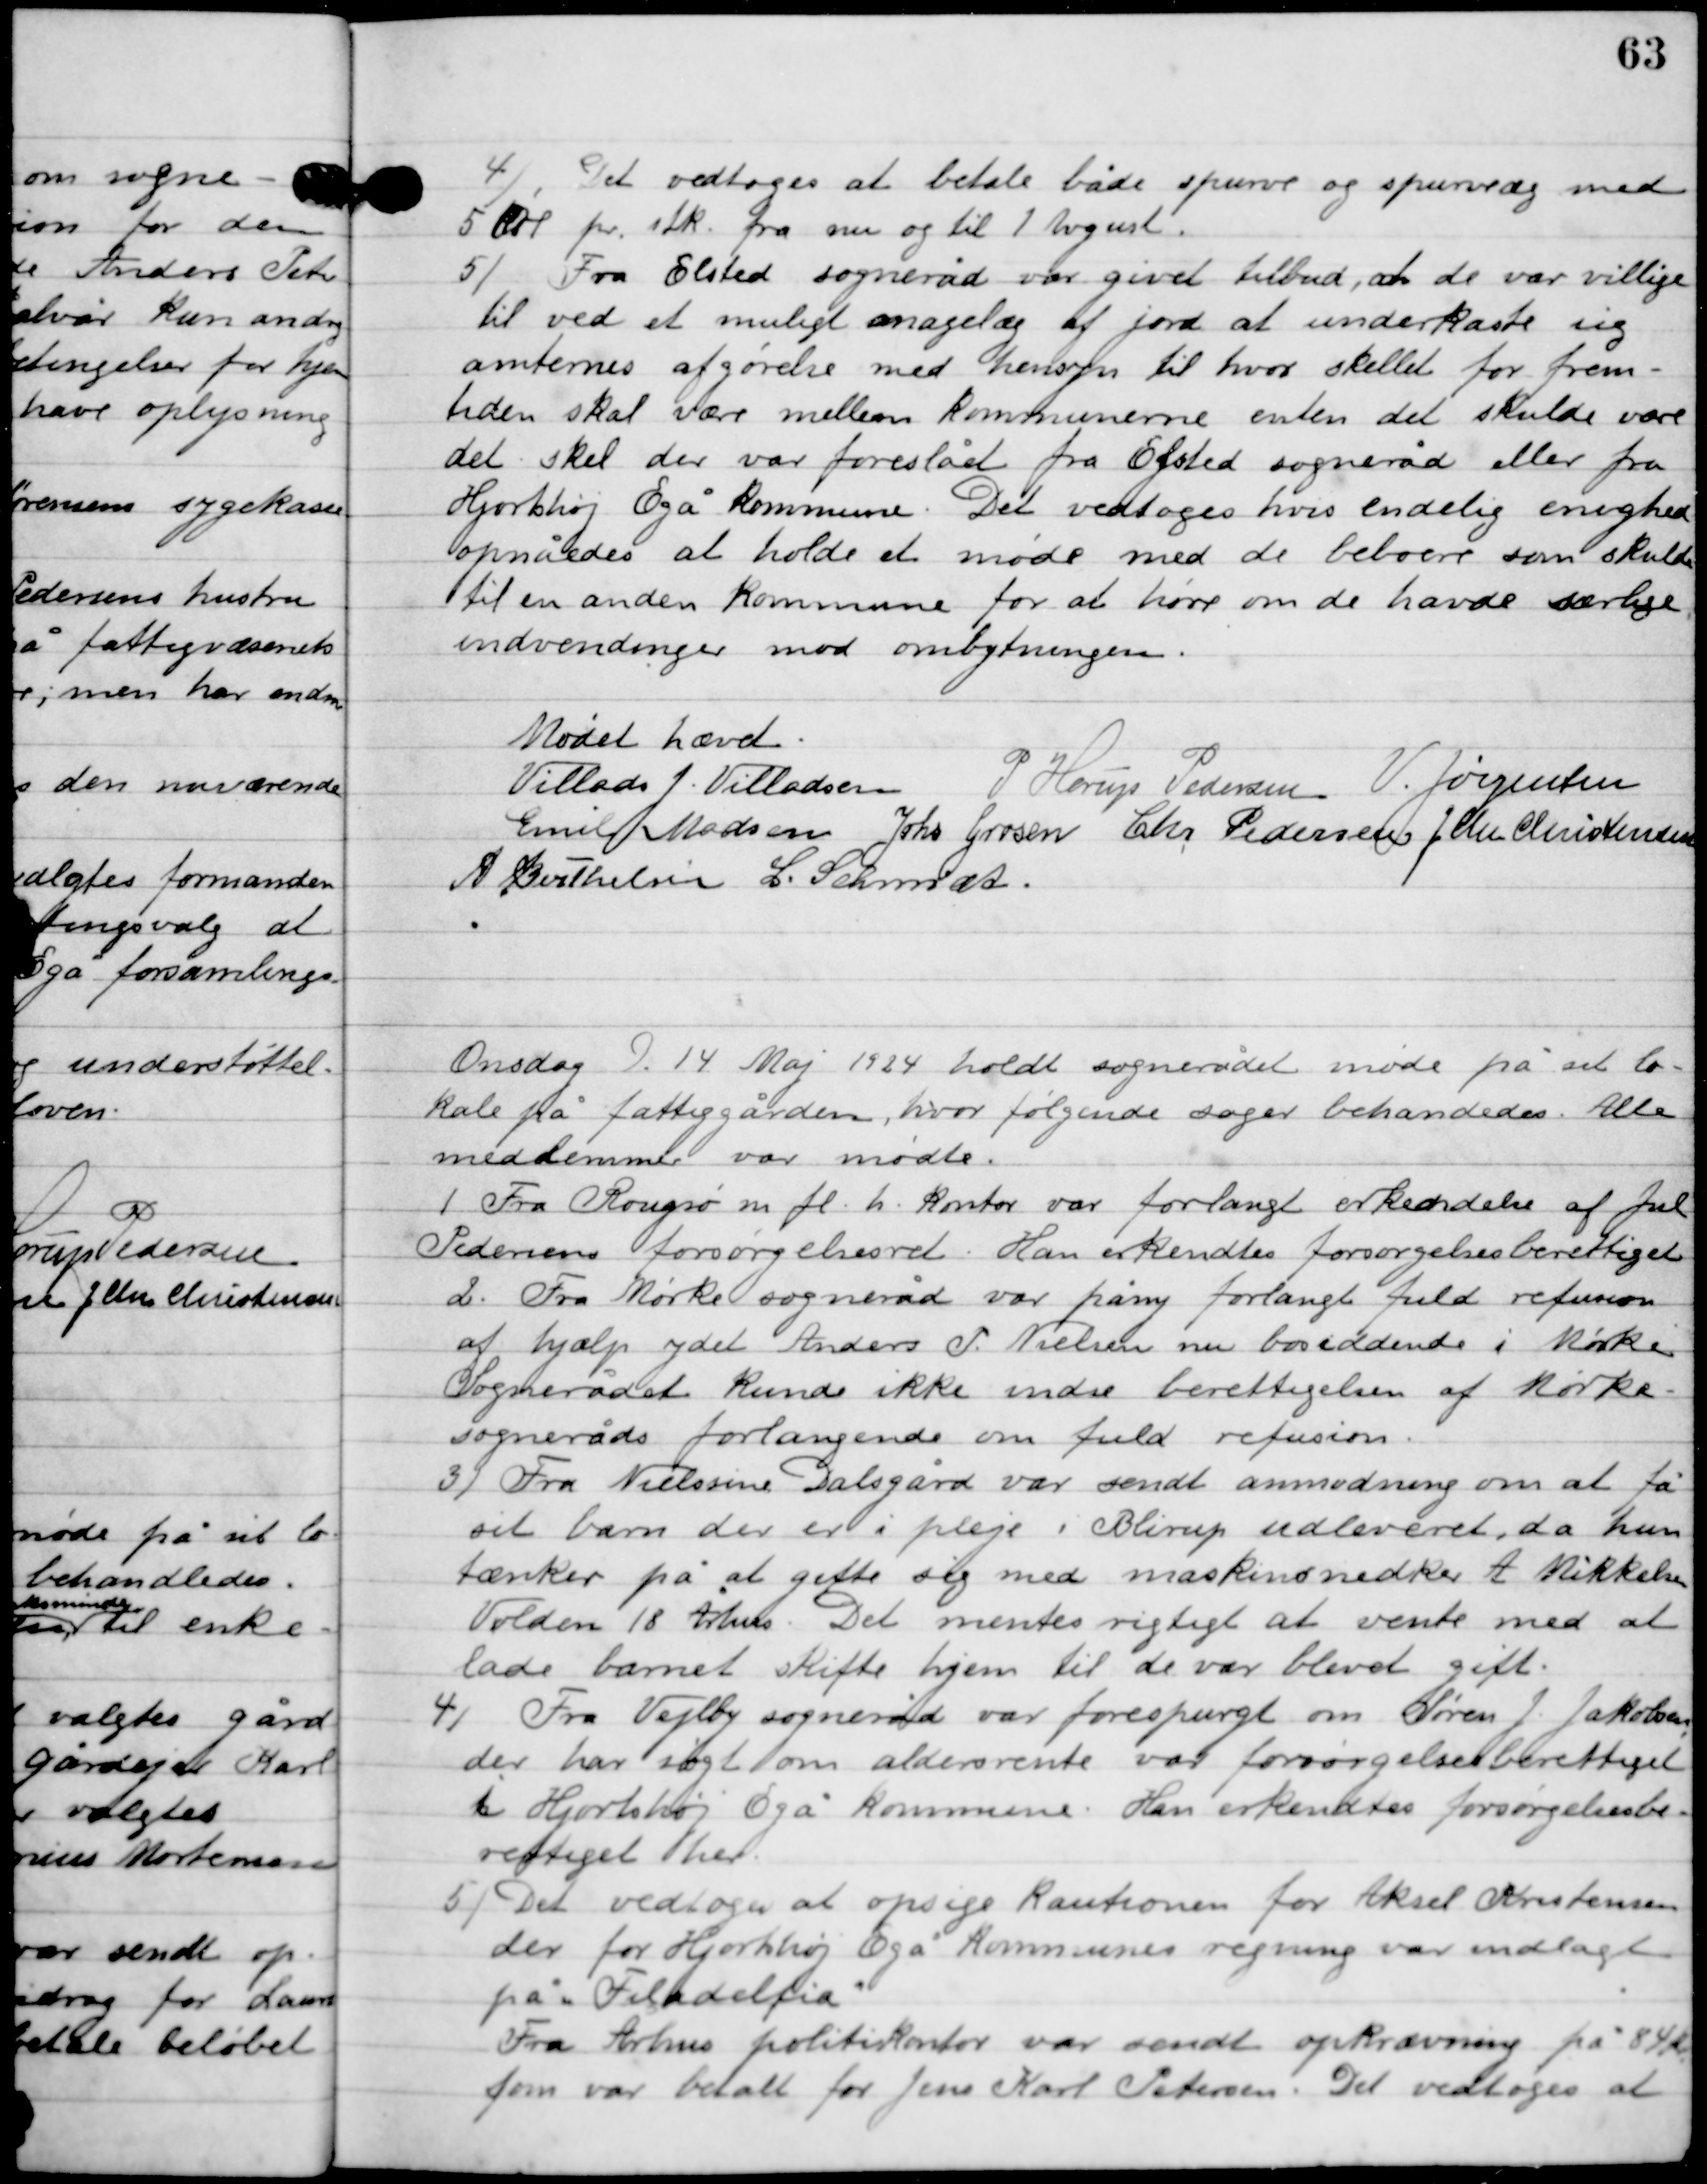
Transskription:
4

Det vedtoges at betale både spurve og spurveæg med
5 øre pr. stk. fra nu og til 1. August.

5

Fra Elsted sogneråd var givet tilbud, at de var villige
til ved et muligt magelæg af jord at underkaste sig
amternes afgørelse med hensyn til hvor skellet for frem-
tiden skal være mellem kommunerne enten det skulde være
det skel der var foreslået fra Elsted sogneråd eller fra
Hjortshøj Egå kommune. Det vedtoges hvis endelig enighed
opnåedes at holde et møde med de beboere som skulde
til en anden kommune for at høre om de havde særlige
indvendinger mod ombytningen.

Mødet hævet

Villads J. Villadsen
P. Horup Pedersen
Viggo Jørgensen
Emil Madsen
Johs. Grosen
Chr. Pedersen
J. Chr. Christensen
A. Berthelsen
L. Schmidt

Onsdag D. 14. Maj 1924 holdt sognerådet møde på sit lo-
kale på fattiggården, hvor følgende sager behandledes. Alle
medlemmer var mødte.

1

Fra Rougsø m.fl. h. kontor var forlangt erkendelse af Jul
Pedersens forsørgelsesret. Han erkendtes forsørgelsesberettiget.

2

Fra Mørke sogneråd var på ny forlangt fuld refusion
af hjælp ydet Anders P. Nielsen nu bosiddende i Mørke.
Sognerådet kunde ikke indse berettigelsen af Mørke
sogneråds forlangende om fuld refusion.

3

Fra Nielsine Dalsgård var sendt anmodning om at få
sit barn, der er i pleje i Blirup udleveret, da hun
tænker på at gifte sig med maskinsnedker A. Mikkelsen
Voldum 18 Århus. Det mentes vigtigt at vente med at
lade barnet skifte hjem til de var blevet gift.

4

Fra Vejlby sogneråd var forespurgt om Søren J. Jakobsen
der har søgt om aldersrente var forsørgelsesberettiget
i Hjortshøj Egå kommune. Han erkendtes forsørgelsesbe-
rettiget her.

5

Det vedtoges at opsige Kautionen for Aksel Kristensen
der for Hjortshøj Egå kommunes regning var indlagt
på ”Filadelfia”
Fra Århus politikontor var sendt opkrævning på 84 kr.
som var betalt for Jens Karl Petersen. Det vedtoges at